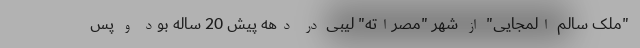
"ملک سالم المجایی" از شهر "مصراته" لیبی در دهه پیش 20 ساله بود و پس